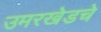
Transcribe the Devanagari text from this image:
उमरखेडचे